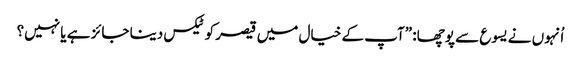
‏ اُنہوں نے یسوع سے پوچھا:‏ ”‏آپ کے خیال میں قیصر کو ٹیکس دینا جائز ہے یا نہیں؟